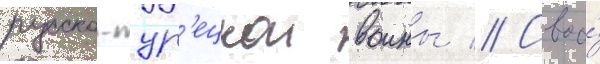
русско-тур'ецкои воины // Своо́